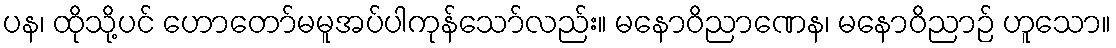
ပန၊ ထိုသို့ပင် ဟောတော်မမူအပ်ပါကုန်သော်လည်း။ မနောဝိညာဏေန၊ မနောဝိညာဉ် ဟူသော။